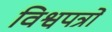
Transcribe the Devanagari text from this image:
विश्वपत्रों